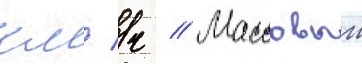
км/ ч // Массовыи